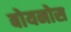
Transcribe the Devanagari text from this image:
बोयनोस